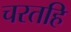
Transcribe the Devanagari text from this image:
चरतहिं